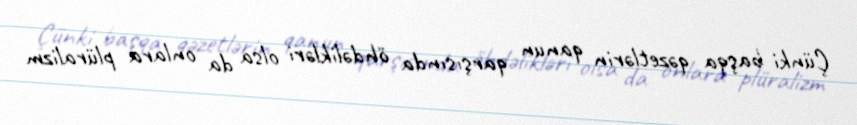
Çünki başqa qəzetlərin qanun qarşısında öhdəlikləri olsa da onlara plüralizm